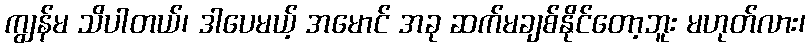
ကျွန်မ သိပါတယ်၊ ဒါပေမယ့် အမောင် အခု ဆက်မချစ်နိုင်တော့ဘူး မဟုတ်လား၊